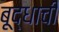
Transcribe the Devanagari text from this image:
बूद्धाची